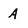
Character: A